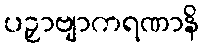
ပဉှာဗျာကရဏာနိ